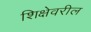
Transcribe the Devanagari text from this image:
शिक्षेवरील